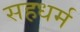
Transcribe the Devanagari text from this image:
सहधर्म